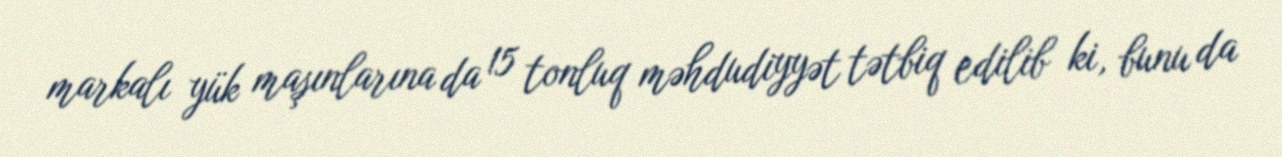
markalı yük maşınlarına da 15 tonluq məhdudiyyət tətbiq edilib ki, bunu da